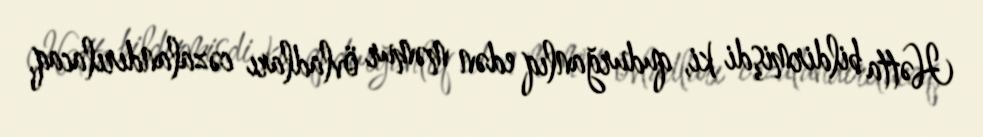
Hətta bildirmişdi ki, qudurğanlıq edən məmur övladları cəzalandırılacaq,